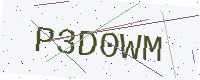
Text: P3D0WM